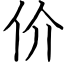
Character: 价